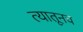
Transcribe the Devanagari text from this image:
त्‍यातूनच